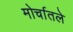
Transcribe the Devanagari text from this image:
मोर्चातले